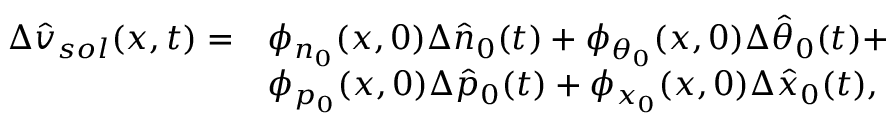
\begin{array} { r l } { \Delta \hat { v } _ { s o l } ( x , t ) = } & { \phi _ { n _ { 0 } } ( x , 0 ) \Delta \hat { n } _ { 0 } ( t ) + \phi _ { \theta _ { 0 } } ( x , 0 ) \Delta \hat { \theta } _ { 0 } ( t ) + } \\ & { \phi _ { p _ { 0 } } ( x , 0 ) \Delta \hat { p } _ { 0 } ( t ) + \phi _ { x _ { 0 } } ( x , 0 ) \Delta \hat { x } _ { 0 } ( t ) , } \end{array}